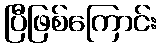
ပြီဖြစ်ကြောင်း